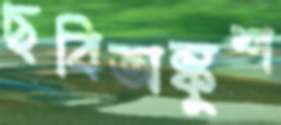
ছবিঅঙ্কুশ